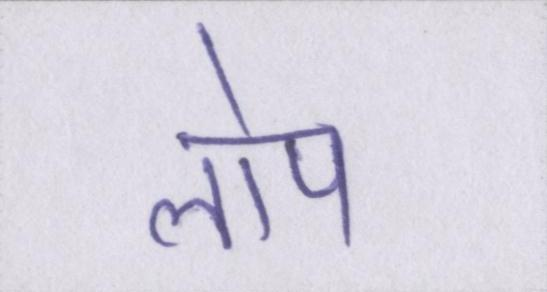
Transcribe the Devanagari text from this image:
लोप